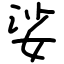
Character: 娑